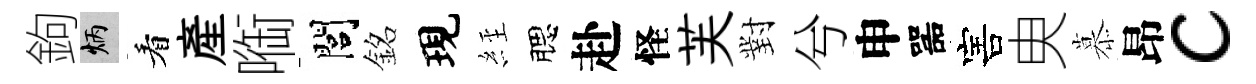
鉤炳看産㗸閭銘現𦀇腮赴怪芙對兮申噐害㬰慕昂c